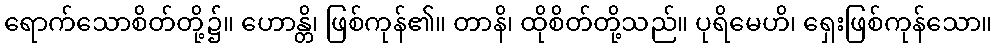
ရောက်သောစိတ်တို့၌။ ဟောန္တိ၊ ဖြစ်ကုန်၏။ တာနိ၊ ထိုစိတ်တို့သည်။ ပုရိမေဟိ၊ ရှေးဖြစ်ကုန်သော။